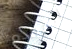
القياده